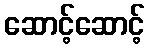
ဆောင့်ဆောင့်